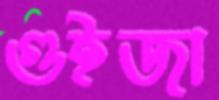
গুইজা